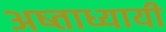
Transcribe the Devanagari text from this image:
अष्ताध्यायी